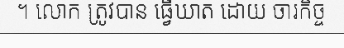
។ លោក ត្រូវបាន ធ្វើឃាត ដោយ ចារកិច្ច